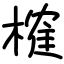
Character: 榷